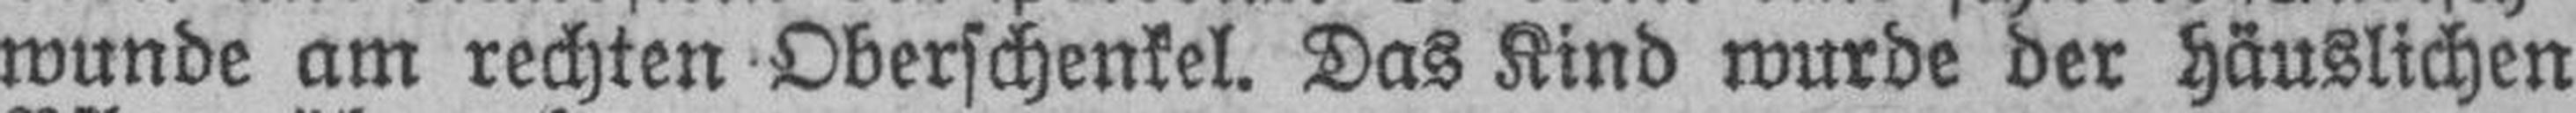
wunde am rechten Oberschenkel. Das Kind wurde der häuslichen